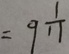
= 9 \frac { 1 } { 1 1 }